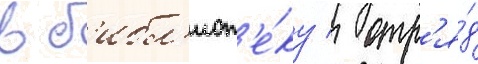
в б'ибл'иот'е́ку / отр'я́д